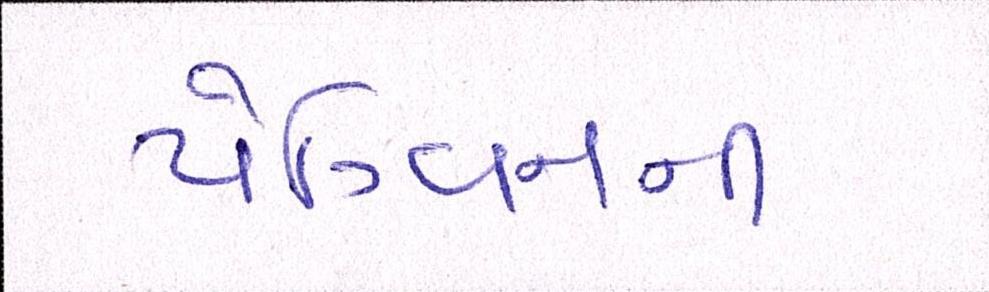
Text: પૅંગ્વિનની